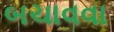
બચાવવા